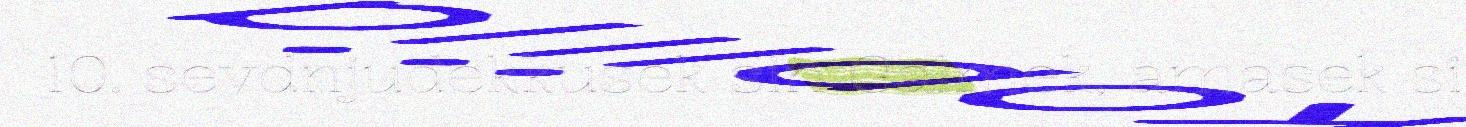
10. sevdnjudekkusek sin Galmek, amasek si